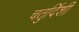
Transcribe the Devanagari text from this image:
चतुर्दिशी